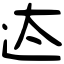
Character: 迏